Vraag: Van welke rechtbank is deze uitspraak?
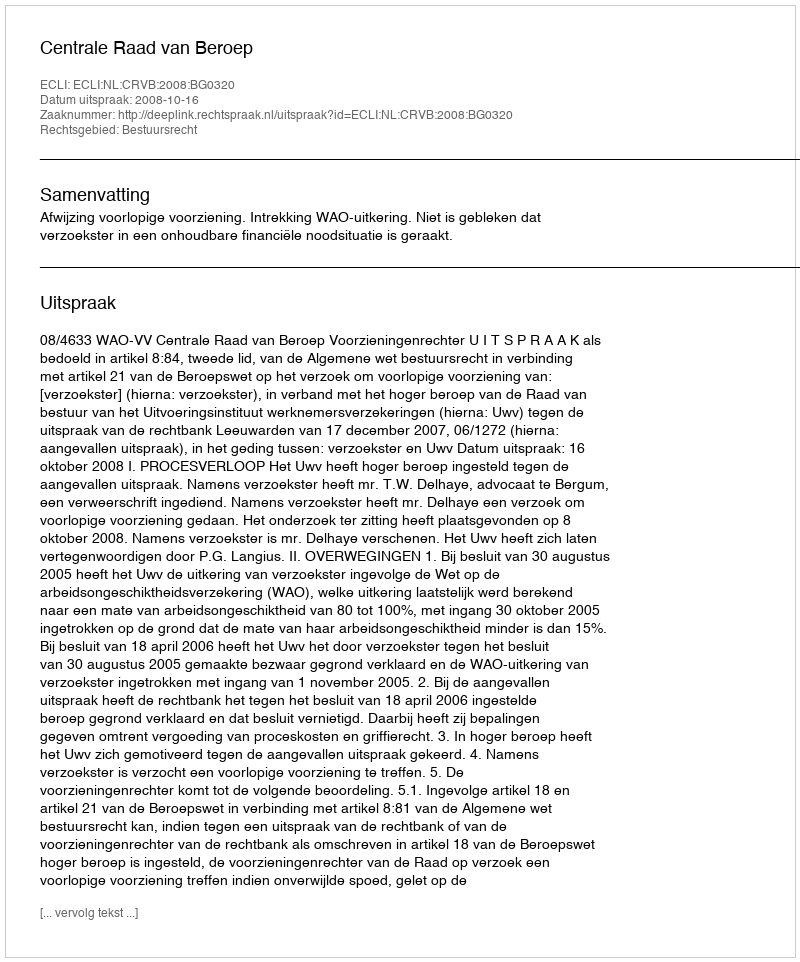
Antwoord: Centrale Raad van Beroep